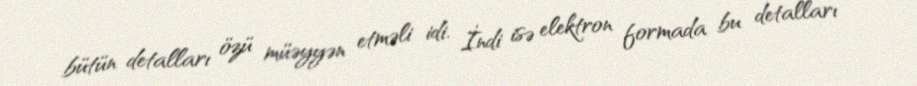
bütün detalları özü müəyyən etməli idi. İndi isə elektron formada bu detalları